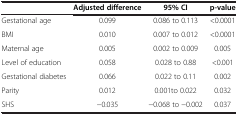
<table><thead><tr><td><b> </b></td><td><b>Adjusted difference</b></td><td><b>95% CI</b></td><td><b>p-value</b></td></tr></thead><tbody><tr><td>Gestational age</td><td>0.099</td><td>0.086 to 0.113</td><td>&lt;0.0001</td></tr><tr><td>BMI</td><td>0.010</td><td>0.007 to 0.012</td><td>&lt;0.0001</td></tr><tr><td>Maternal age</td><td>0.005</td><td>0.002 to 0.009</td><td>0.005</td></tr><tr><td>Level of education</td><td>0.058</td><td>0.028 to 0.88</td><td>&lt;0.001</td></tr><tr><td>Gestational diabetes</td><td>0.066</td><td>0.022 to 0.11</td><td>0.002</td></tr><tr><td>Parity</td><td>0.012</td><td>0.001to 0.022</td><td>0.032</td></tr><tr><td>SHS</td><td>-0.035</td><td>-0.068 to -0.002</td><td>0.037</td></tr></tbody></table>